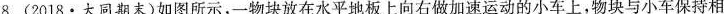
8.(2018 · 大同期末)如图所示，一物块放在水平地板上向右做加速运动的小车上，物块与小车保持相